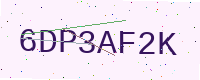
Text: 6DP3AF2K